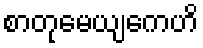
စာတုမေယျကေဟိ